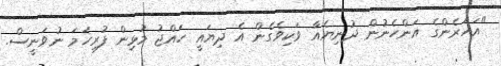
"އަހަރެންގެ އަންހެނުން ދުނިޔެއާ ވަކިވެގެން އެ ދިޔައީ ހައްޖު މުޅިން ފުރިހަމަ ނުވަނީސް.